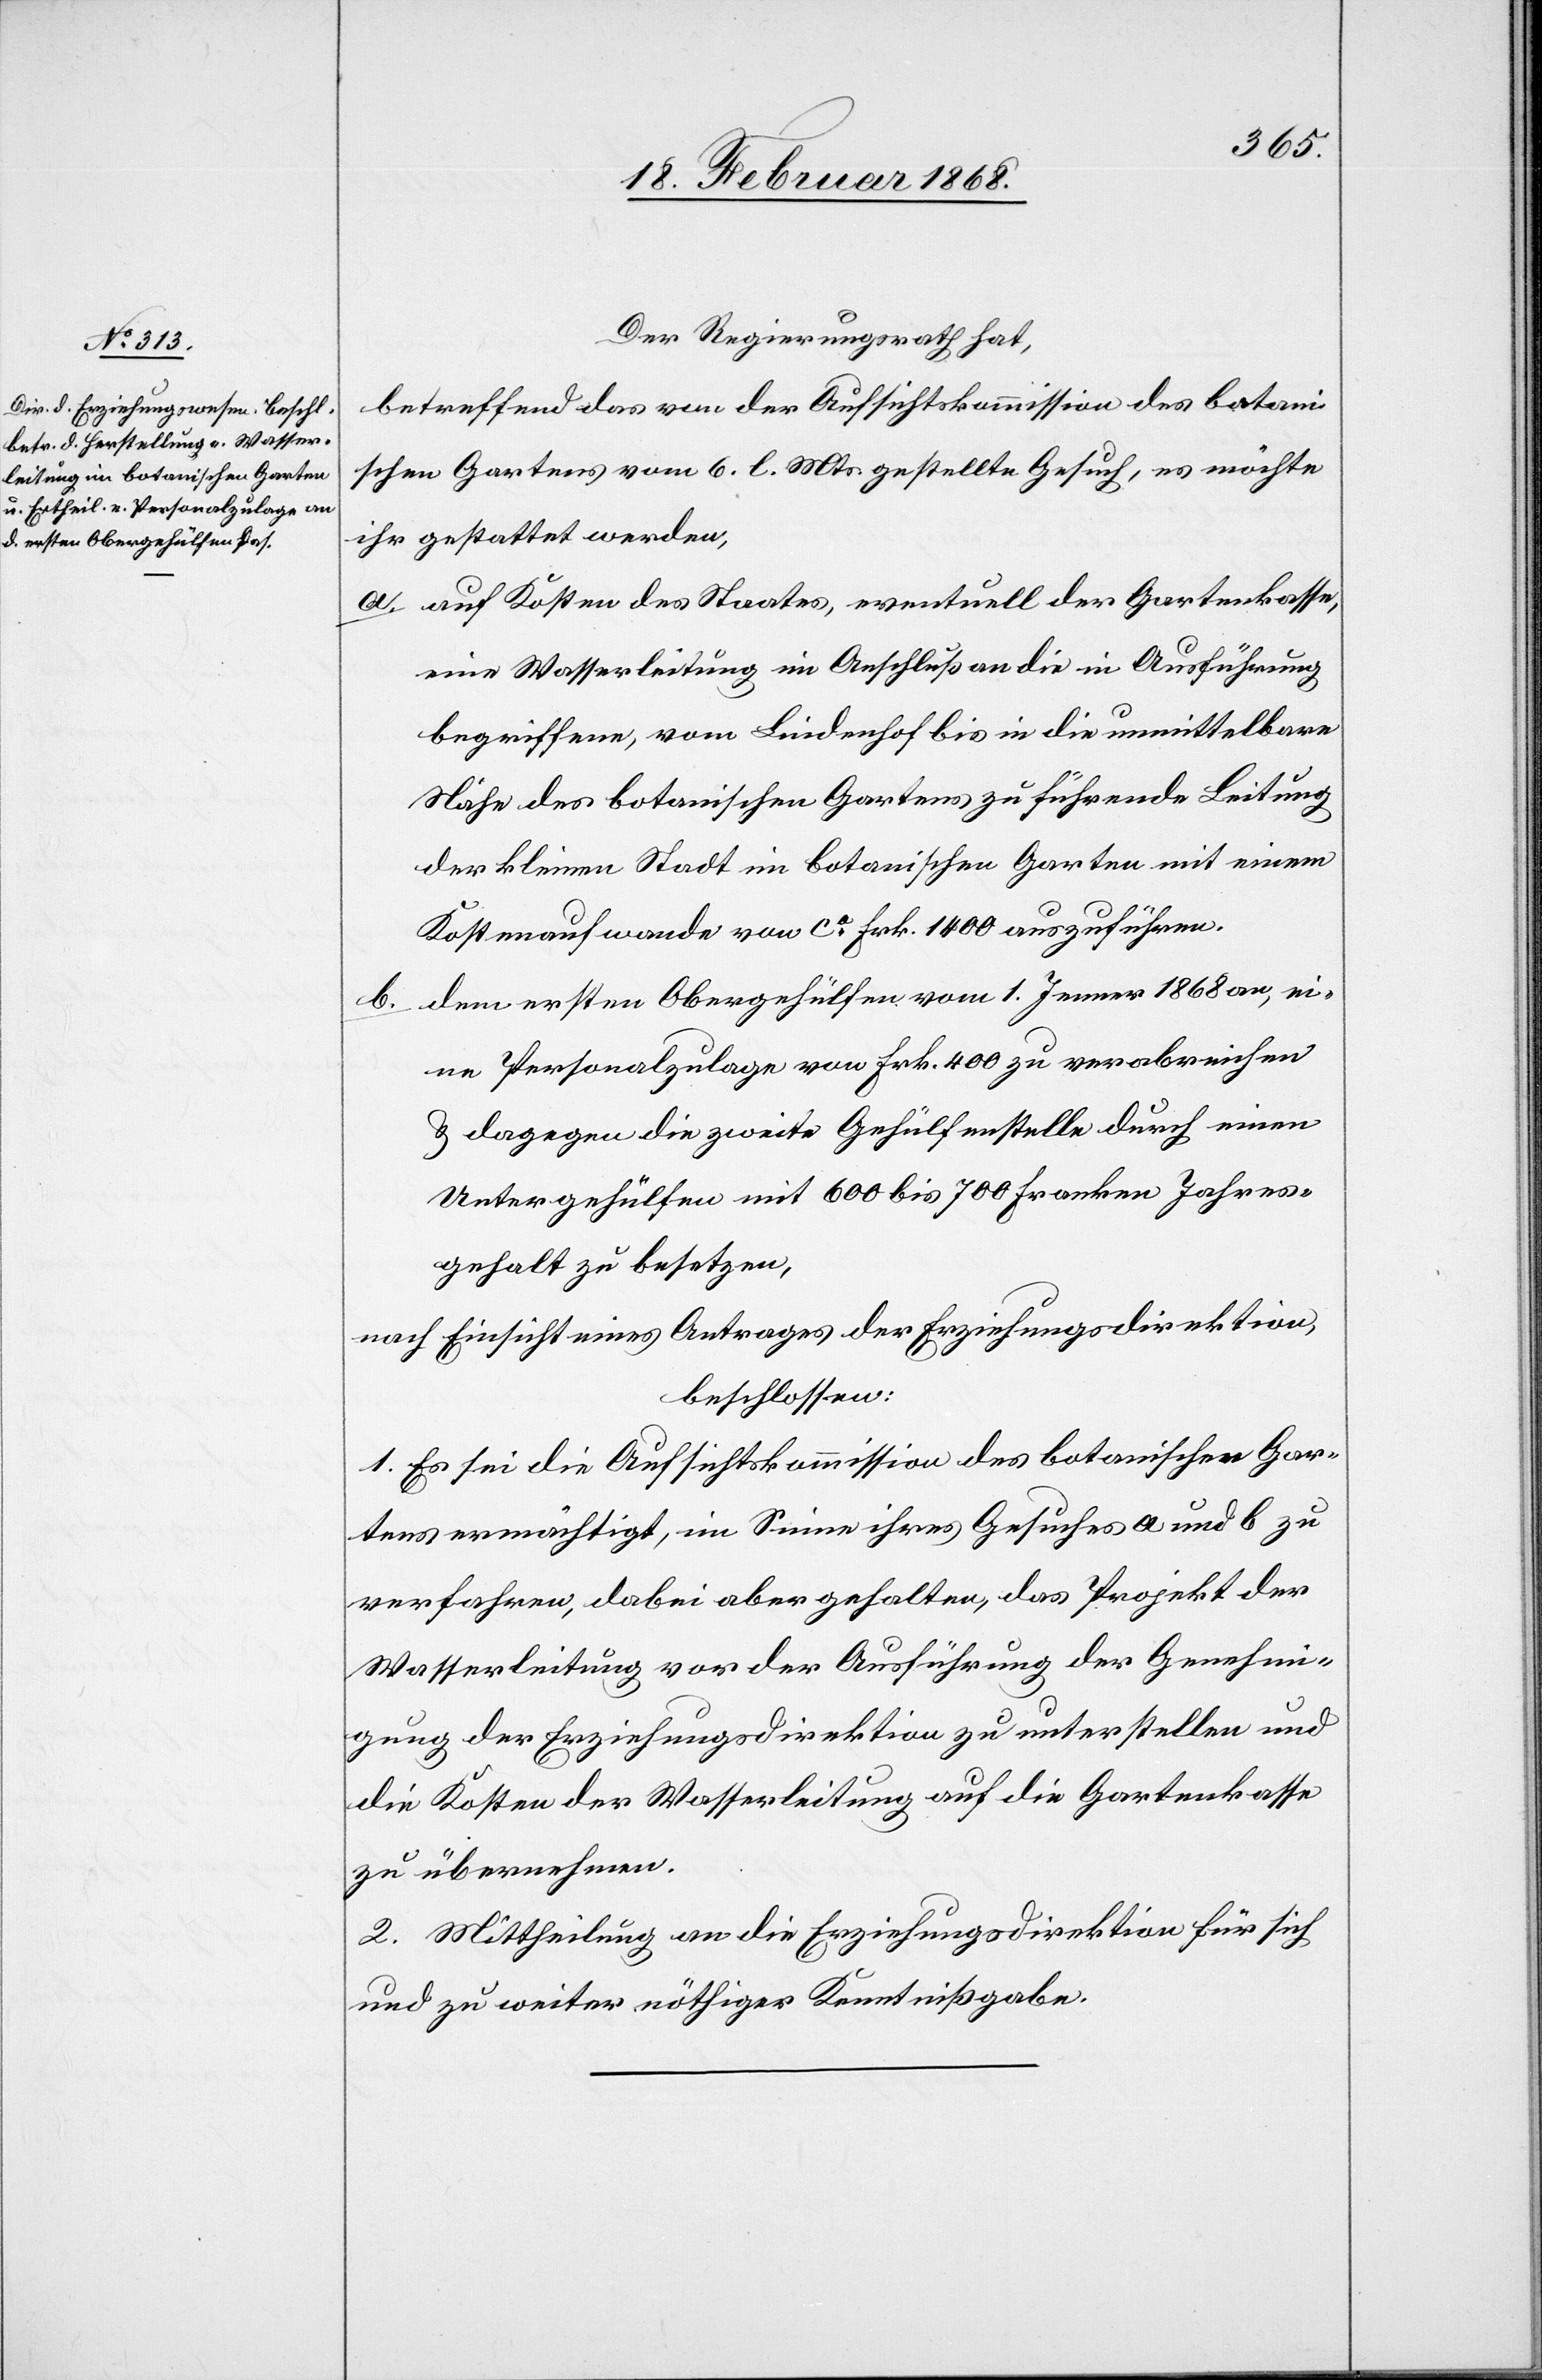
Der Regierungsrath hat,
betreffend das von der Aufsichtskommission des botani¬
schen Gartens vom 6. l. Mts. gestellte Gesuch, es möchte
ihr gestattet werden,
auf Kosten des Staates, eventuell der Gartenkasse,
eine Wasserleitung im Anschluß an die in Ausführung
begriffene, vom Lindenhof bis in die unmittelbare
Nähe des botanischen Gartens zu führende Leitung
der kleinen Stadt im botanischen Garten mit einem
Kostenaufwande von ca. Frk. 1400 auszuführen.
dem ersten Obergehülfen vom 1. Jenner 1868 an, ei¬
ne Personalzulage von Frk. 400 zu verabreichen
& dagegen die zweite Gehülfenstelle durch einen
Untergehülfen mit 600 bis 700 Franken Jahres¬
gehalt zu besetzen,
nach Einsicht eines Antrages der Erziehungsdirektion,
beschlossen:
1. Es sei die Aufsichtskommission des botanischen Gar¬
tens ermächtigt, im Sinne ihres Gesuches a und b zu
verfahren, dabei aber gehalten, das Projekt der
Wasserleitung vor der Ausführung der Genehmi¬
gung der Erziehungsdirektion zu unterstellen und
die Kosten der Wasserleitung auf die Gartenkasse
zu übernehmen.
2. Mittheilung an die Erziehungsdirektion für sich
und zu weiter nöthiger Kenntnißgabe.